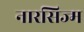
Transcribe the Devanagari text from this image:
नारसिज्म